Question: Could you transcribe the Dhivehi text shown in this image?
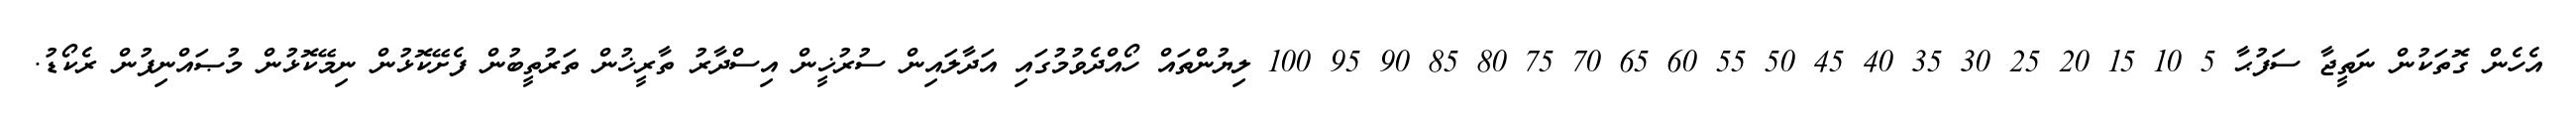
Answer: އެހެން ގޮތަކުން ނަތީޖާ ސަފުޙާ 5 10 15 20 25 30 35 40 45 50 55 60 65 70 75 80 85 90 95 100 ލިޔުންތައް ހޯއްދެވުމުގައި އަދާލައިން ސުރުޚީން އިސްދާރު ތާރީޚުން ތަރުތީބުން ފެށޭކޮޅުން ނިމޭކޮޅުން މުޞައްނިފުން ރެކޯޑު.